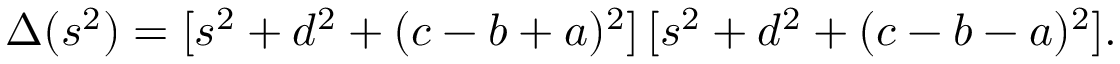
\Delta ( s ^ { 2 } ) = [ s ^ { 2 } + d ^ { 2 } + ( c - b + a ) ^ { 2 } ] \, [ s ^ { 2 } + d ^ { 2 } + ( c - b - a ) ^ { 2 } ] .